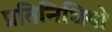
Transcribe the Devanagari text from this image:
प्रतिनिधियो